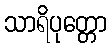
သာရိပုတ္တော